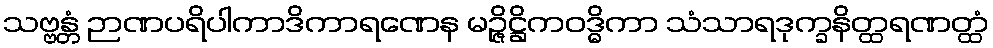
သဗ္ဗန္တံ ဉာဏပရိပါကာဒိကာရဏေန မဉ္ဇိဋ္ဌိကဝဒ္ဓိကာ သံသာရဒုက္ခနိတ္ထရဏတ္ထံ